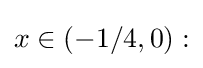
x\in (-1/4,0):